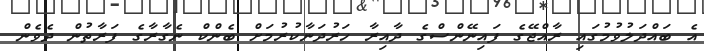
އެ ބައްދަލުވުމުގައި ރާއްޖޭގެ ފައިނޭންސްގެ ދާއިރާ ހަރުދަނާކުރުމަށް ބެންކް ނެގާރާގެ ފަރާތުން ދެވެން